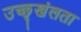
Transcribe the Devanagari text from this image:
उच्छृखंलता